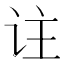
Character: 𬣣